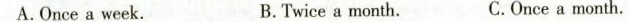
A.Once a week. B.Twice a month. C. Once a month.